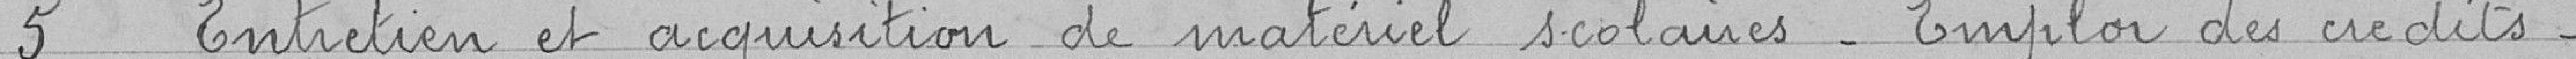
5 Entretien et acquisition de matériel scolaire. Emploi des crédits